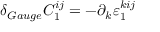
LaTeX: \delta _ { G a u g e } C _ { 1 } ^ { i j } = - \partial _ { k } \varepsilon _ { 1 } ^ { k i j }